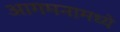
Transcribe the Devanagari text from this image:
आगमनामध्ये